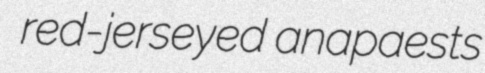
red-jerseyed anapaests